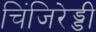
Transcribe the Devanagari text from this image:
चिंजिरेड्डी